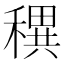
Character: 穓